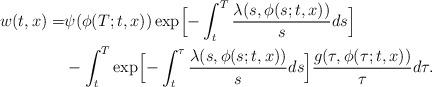
LaTeX: \begin{align*} w(t,x)= &\psi(\phi(T;t,x)) \exp \Bigl[ -\int_{t}^{T} \frac{\lambda(s,\phi(s;t,x))}{s}ds \Bigr] \\ &- \int_t^T \exp \Bigl[ -\int_t^{\tau} \frac{\lambda(s,\phi(s;t,x))}{s}ds \Bigr] \frac{g(\tau,\phi(\tau;t,x))}{\tau} d\tau. \end{align*}